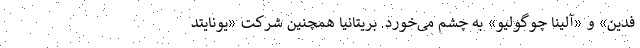
فدین» و «آلینا چوگولیو» به چشم می‌خورد. بریتانیا همچنین شرکت «یونایتد